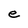
Character: e